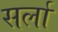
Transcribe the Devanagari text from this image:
सर्ला